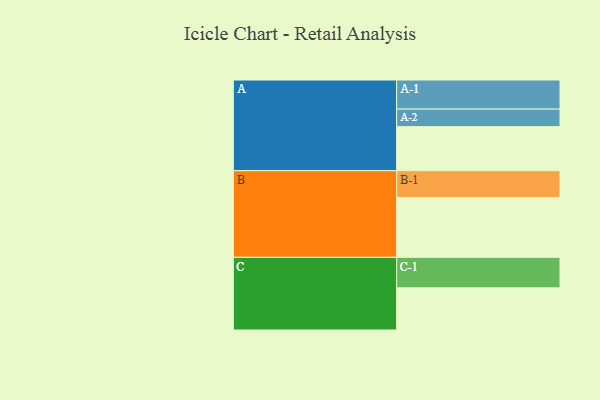
{"axis": {"x": "Segment", "y": "Value"}, "legend": ["", "A", "B", "C"], "data": [{"x": "A", "y": 372, "type": ""}, {"x": "B", "y": 506, "type": ""}, {"x": "C", "y": 356, "type": ""}, {"x": "A-1", "y": 246, "type": "A"}, {"x": "A-2", "y": 148, "type": "A"}, {"x": "B-1", "y": 226, "type": "B"}, {"x": "C-1", "y": 258, "type": "C"}]}